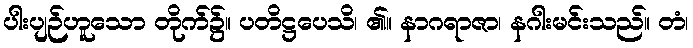
ပါးပျဉ်ဟူသော တိုက်၌။ ပတိဋ္ဌပေသိ၊ ၏။ နာဂရာဇာ၊ နဂါးမင်းသည်။ တံ၊